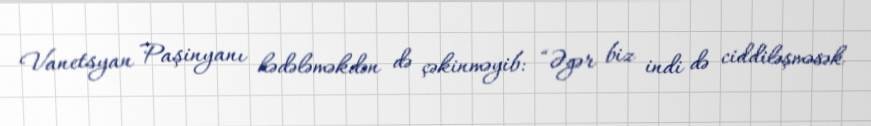
Vanetsyan Paşinyanı hədələməkdən də çəkinməyib: “Əgər biz indi də ciddiləşməsək